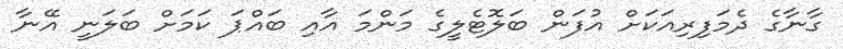
ގާނާގެ ދެމަފިރިއަކަށް އުފަން ބަލޮޓެލީގެ މަންމަ އާއި ބައްޕަ ކަމަށް ބަލަނީ އޭނާ